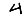
Digit: 4